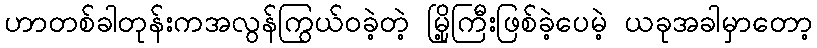
ဟာတစ်ခါတုန်းကအလွန်ကြွယ်ဝခဲ့တဲ့ မြို့ကြီးဖြစ်ခဲ့ပေမဲ့ ယခုအခါမှာတော့